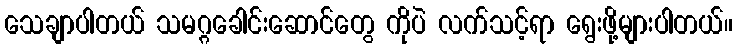
သေချာပါတယ် သမဂ္ဂခေါင်းဆောင်တွေ ကိုပဲ လက်သင့်ရာ ရွေးဖို့များပါတယ်။